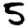
Digit: 5